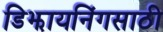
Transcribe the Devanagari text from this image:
डिझायनिंगसाठी